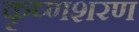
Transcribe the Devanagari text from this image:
कृष्णशरण